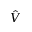
\hat { V }